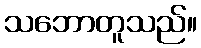
သဘောတူသည်။